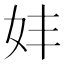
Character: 妦